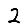
Digit: 2